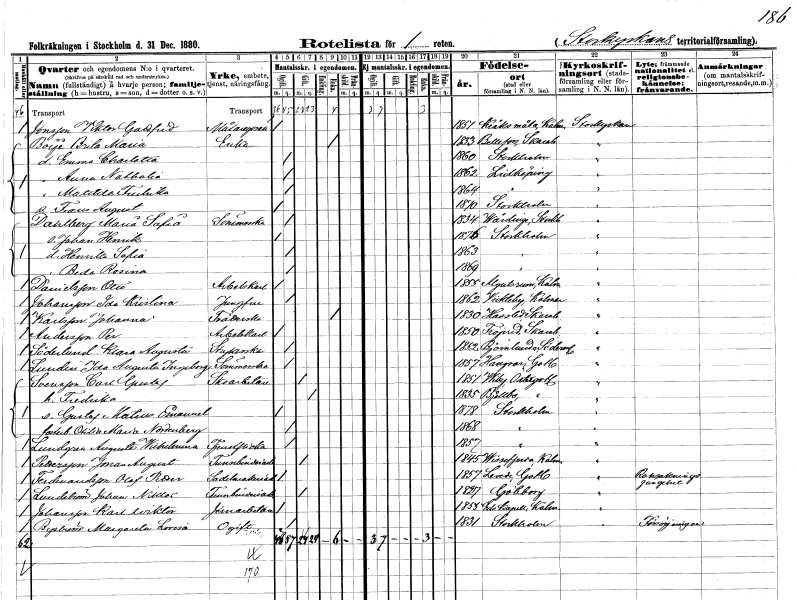
gt_parse: households: individuals: FN: Wiktor Gottfrid
EN: Jonsson
YRKE: Målaregesäll
KON: M
CIV: O
FODAR: 1851
FODFORS: Kråksmåla Kalmar län
FN: Brita Maria
EN: Boÿe
YRKE: Änka
KON: K
CIV: E
FODAR: 1833
FODFORS: Bällefors Skaraborgs län
FN: Emma Charlotta
KON: K
CIV: O
FODAR: 1860
FODFORS: Stockholm
FN: Anna Nathalia
KON: K
CIV: O
FODAR: 1862
FODFORS: Lidköping Skaraborgs län
FN: Matilda Fredrika
KON: K
CIV: O
FODAR: 1864
FODFORS: Lidköping Skaraborgs län
FN: Frans August
KON: M
CIV: O
FODAR: 1870
FODFORS: Stockholm
FN: Maria Sofia
EN: Dahlberg
YRKE: Sömmerska
KON: K
CIV: O
FODAR: 1834
FODFORS: Vårdinge Stockholms län
FN: Johan Henrik
KON: M
CIV: O
FODAR: 1876
FODFORS: Stockholm
FN: Henrika Sofia
KON: K
CIV: O
FODAR: 1863
FODFORS: Stockholm
FN: Beda Rosina
KON: K
CIV: O
FODAR: 1869
FODFORS: Stockholm
FN: Otto
EN: Danielsson
YRKE: Arbetskarl
KON: M
CIV: O
FODAR: 1855
FODFORS: Algutsboda Kalmar län
FN: Ida Kristina
EN: Johansson
YRKE: Jungfru
KON: K
CIV: O
FODAR: 1862
FODFORS: Vickleby Kalmar län
FN: Johanna
EN: Karlsson
YRKE: Tvätterska
KON: K
CIV: E
FODAR: 1830
FODFORS: Hassle Skaraborgs län
FN: Per
EN: Andersson
YRKE: Arbetskarl
KON: M
CIV: O
FODAR: 1850
FODFORS: Fröjered Skaraborgs län
FN: Klara Augusta
EN: Söderlund
YRKE: Strykerska
KON: K
CIV: O
FODAR: 1852
FODFORS: Björnlunda Södermanlands län
FN: Ida Augusta Ingeborg
EN: Lundin
YRKE: Sömmerska
KON: K
CIV: O
FODAR: 1857
FODFORS: Hangvar Gotlands län
FN: Carl Gustaf
EN: Svensson
YRKE: Skoarbetare
KON: M
CIV: G
FODAR: 1851
FODFORS: Viby Östergötlands län
FN: Fredrika
KON: K
CIV: G
FODAR: 1855
FODFORS: Bjälbo Östergötlands län
FN: Gustaf Mateus Emanuel
KON: M
CIV: O
FODAR: 1878
FODFORS: Stockholm
FN: Otilia Maria
EN: Nordenberg
KON: K
CIV: O
FODAR: 1868
FODFORS: Stockholm
FN: Augusta Wilhelmina
EN: Lundgren
YRKE: Tjänsteflicka
KON: K
CIV: O
FODAR: 1857
FODFORS: Stockholm
FN: Jonas August
EN: Pettersson
YRKE: Tunnbinderiarbetare
KON: M
CIV: G
FODAR: 1845
FODFORS: Vissefjärda Kalmar län
FN: Olof Petter
EN: Ferdinandsson
YRKE: Sadelmakeriarbetare
KON: M
CIV: O
FODAR: 1857
FODFORS: Levide Gotlands län
FN: Johan Niklas
EN: Lundström
YRKE: Tunnbinderiarbetare
KON: M
CIV: G
FODAR: 1827
FODFORS: Göteborg Göteborgs- och Bohuslän
FN: Karl Viktor
EN: Johansson
YRKE: Järnarbetare
KON: M
CIV: O
FODAR: 1855
FODFORS: Eds kapell Kalmar län
FN: Margareta Lovisa
EN: Byström
KON: K
CIV: O
FODAR: 1831
FODFORS: Stockholm